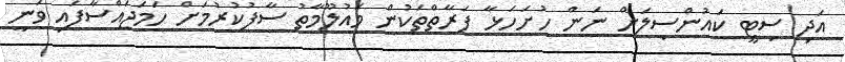
އަދި ސިޓީ ކައުންސިލަށް ނަން ހުށަހަޅާ ފަރާތްތަކުން މައުލޫމާތު ސާފުކުރުމަށް ހަމަޖައްސާފައި ވަނީ